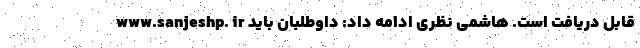
www.sanjeshp. ir قابل دریافت است. هاشمی نظری ادامه داد: داوطلبان باید